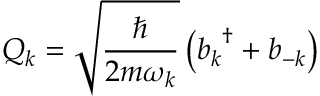
Q _ { k } = { \sqrt { \frac { \hbar } { 2 m \omega _ { k } } } } \left( { b _ { k } } ^ { \dagger } + b _ { - k } \right)